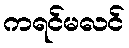
ကရင်မလင်